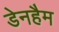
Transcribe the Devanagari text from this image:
डेनहैम